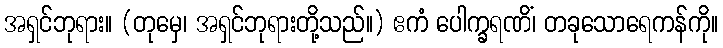
အရှင်ဘုရား။ (တုမှေ၊ အရှင်ဘုရားတို့သည်။) ဧကံ ပေါက္ခရဏိံ၊ တခုသောရေကန်ကို။